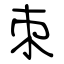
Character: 朿